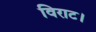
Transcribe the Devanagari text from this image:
विराट।